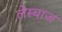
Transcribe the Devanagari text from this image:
लेस्बाज